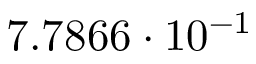
7 . 7 8 6 6 \cdot 1 0 ^ { - 1 }